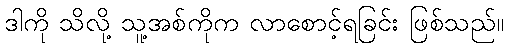
ဒါကို သိလို့ သူ့အစ်ကိုက လာစောင့်ရခြင်း ဖြစ်သည်။